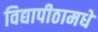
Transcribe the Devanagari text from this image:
विद्यापीठामधे